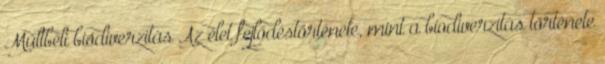
Múltbéli biodiverzitás Az élet fejlődéstörténete, mint a biodiverzitás története